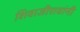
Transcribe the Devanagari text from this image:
शिवाजीरावांनी